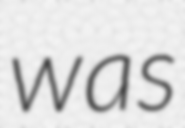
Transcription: was